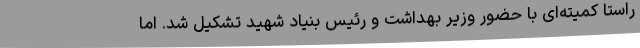
راستا کمیته‌ای با حضور وزیر بهداشت و رئیس بنیاد شهید تشکیل شد. اما